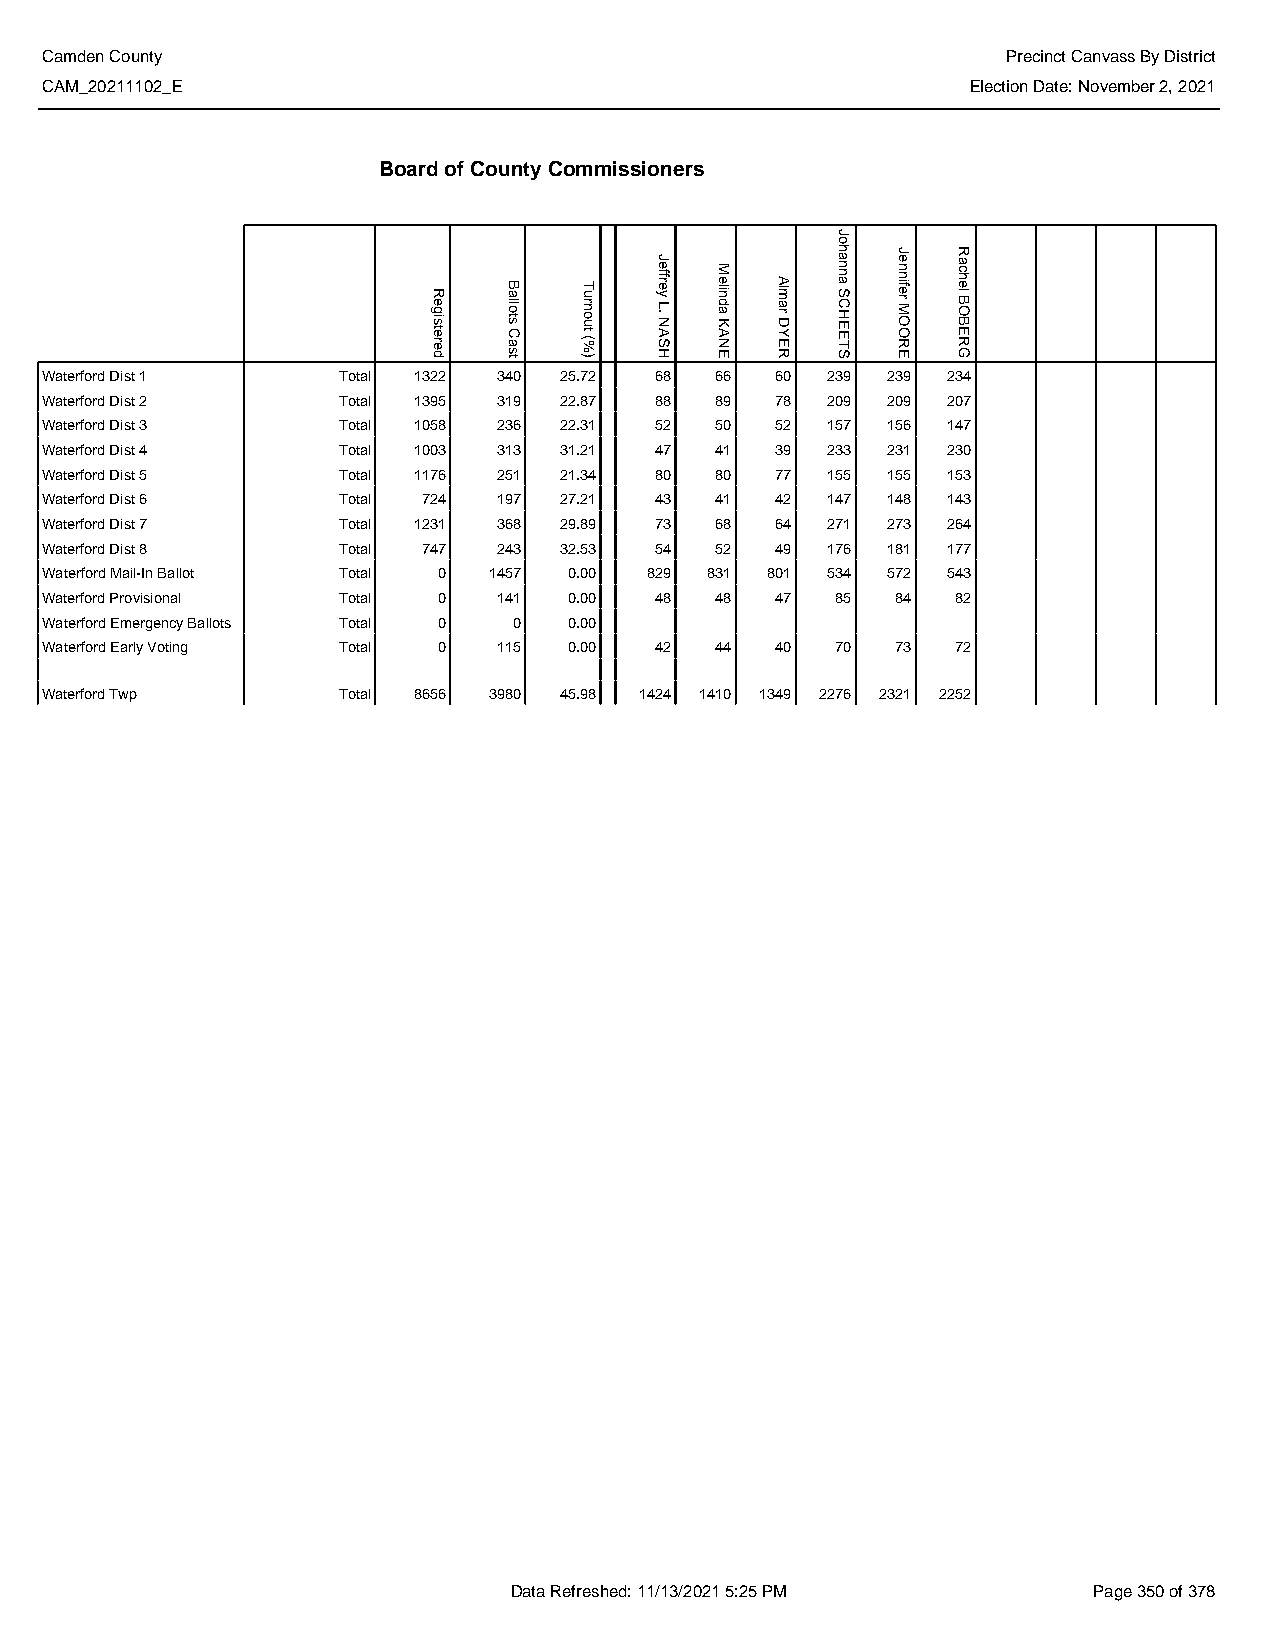
Camden County                                                   Precinct Canvass By District
 CAM_20211102_E                                               Election Date: November 2, 2021
 Board of County Commissioners
 Waterford Dist 1   Total 1322 340 25.72 68  66  60  239 239 234
 Waterford Dist 2   Total 1395 319 22.87 88  89  78  209 209 207
 Waterford Dist 3   Total 1058 236 22.31 52  50  52  157 156 147
 Waterford Dist 4   Total 1003 313 31.21 47  41  39  233 231 230
 Waterford Dist 5   Total 1176 251 21.34 80  80  77  155 155 153
 Waterford Dist 6   Total 724  197 27.21 43  41  42  147 148 143
 Waterford Dist 7   Total 1231 368 29.89 73  68  64  271 273 264
 Waterford Dist 8   Total 747  243 32.53 54  52  49  176 181 177
 Waterford Mail-In Ballot Total 0 1457 0.00 829 831 801 534 572 543
 Waterford Provisional Total 0 141  0.00 48  48  47  85  84  82
 Waterford Emergency Ballots Total 0 0 0.00
 Waterford Early Voting Total 0 115 0.00 42  44  40  70  73  72
 Waterford Twp      Total 8656 3980 45.98 1424 1410 1349 2276 2321 2252
 Data Refreshed: 11/13/2021 5:25 PM    Page 350 of 378
 Registered
 Ballots
 Cast
 Turnout
 (%)
 Jeffrey
 L.
 NASH
 Melinda
 KANE
 Almar
 DYER
 Johanna
 SCHEETS
 Jennifer
 MOORE
 Rachel
 BOBERG